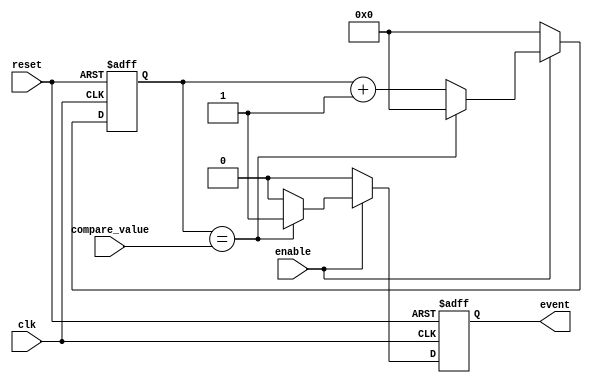
module EventTimer (
    input wire clk,
    input wire reset,
    input wire enable,
    input wire [31:0] compare_value,
    output reg event
);

reg [31:0] counter;

always @(posedge clk or posedge reset) begin
    if (reset) begin
        counter <= 0;
        event <= 0;
    end else begin
        if (enable) begin
            if (counter == compare_value) begin
                counter <= 0;
                event <= 1;
            end else begin
                counter <= counter + 1;
                event <= 0;
            end
        end else begin
            counter <= 0;
            event <= 0;
        end
    end
end

endmodule